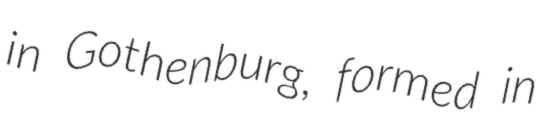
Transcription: in Gothenburg, formed in